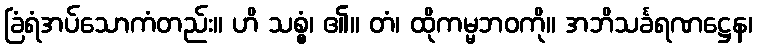
ခြံရံအပ်သောကံတည်း။ ဟိ သစ္စွံ၊ ၏။ တံ၊ ထိုကမ္မဘဝကို။ အဘိသင်္ခရဏဋ္ဌေန၊